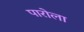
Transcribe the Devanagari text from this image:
पारोला